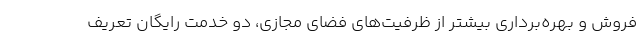
فروش و بهره‌برداری بیشتر از ظرفیت‌های فضای مجازی، دو خدمت رایگان تعریف